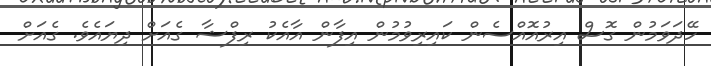
ހޭދަވަމުން ގޮސް އިރުއޮއްސެން ކައިރިވުމުން އިފާން އާއެކު ރިފްޝާ ގެއަށް ދިޔައެވެ. ގެއަށް